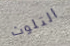
التلوث